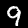
Digit: 9